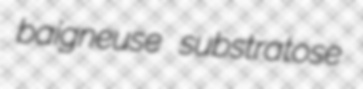
baigneuse substratose